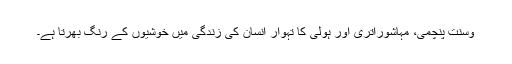
وسنت پنچمی، مہاشوراتری اور ہولی کا تہوار انسان کی زندگی میں خوشیوں کے رنگ بھرتا ہے۔